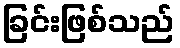
ခြင်းဖြစ်သည်